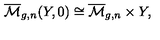
\overline { { \mathcal { M } } } _ { g , n } ( Y , 0 ) \cong \overline { { \mathcal { M } } } _ { g , n } \times Y ,